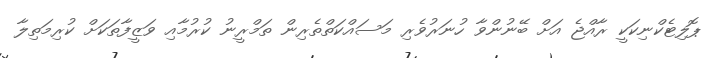
ޕޮލިޓެކްނިކަކީ ރާއްޖެ އަށް ބޭނުންވާ ހުނަރުވެރި މަސައްކަތްތެރިން ތަމްރީނު ކުރުމާއި ވަޒީފާތަކަށް ކުރިމަތިލާ